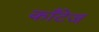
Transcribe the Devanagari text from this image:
काँटेज